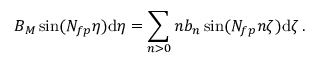
B _ { M } \sin ( N _ { f p } \eta ) \mathrm { d } \eta = \sum _ { n > 0 } n { b _ { n } } \sin ( N _ { f p } n \zeta ) \mathrm { d } \zeta \, .